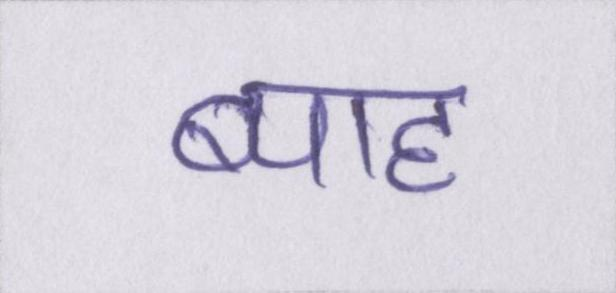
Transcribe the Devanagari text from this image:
ब्याह